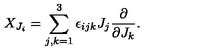
X _ { J _ { i } } = \sum _ { j , k = 1 } ^ { 3 } \epsilon _ { i j k } J _ { j } \frac { \partial } { \partial J _ { k } } .